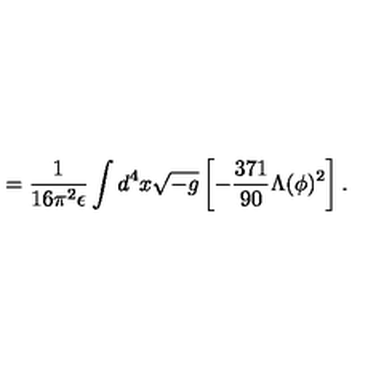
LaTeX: = \frac { 1 } { 1 6 \pi ^ { 2 } \epsilon } \int d ^ { 4 } x \sqrt { - g } \left[ - \frac { 3 7 1 } { 9 0 } \Lambda ( \phi ) ^ { 2 } \right] .